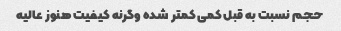
حجم نسبت به قبل کمی کمتر شده وگرنه کیفیت هنوز عالیه